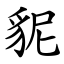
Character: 䝚